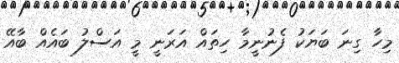
މިހާ ގިނަ ބަޔަކު ފެނުނީމާ ހިތައް އަރަނީ މީ އަސްލު ބައެއް ބާއޭ